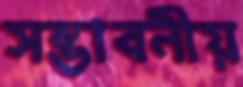
সম্ভাবনীয়